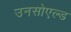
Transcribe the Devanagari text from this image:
उनसोएल्ड